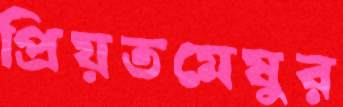
প্রিয়তমেষুর